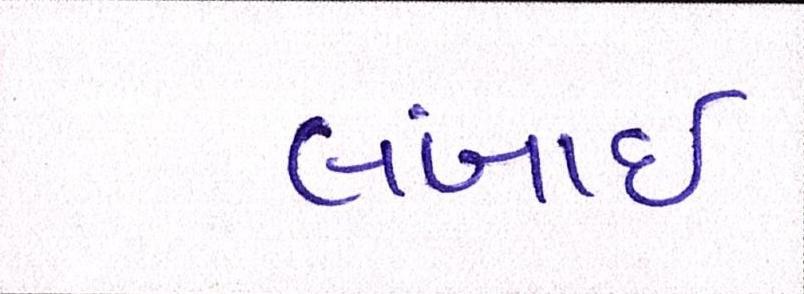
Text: લંબાઈ